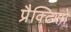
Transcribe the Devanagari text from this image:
प्रैक्टिसों